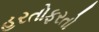
હરતોફરતો